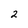
Character: 2